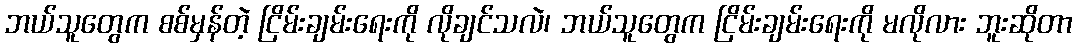
ဘယ်သူတွေက စစ်မှန်တဲ့ ငြိမ်းချမ်းရေးကို လိုချင်သလဲ၊ ဘယ်သူတွေက ငြိမ်းချမ်းရေးကို မလိုလား ဘူးဆိုတာ